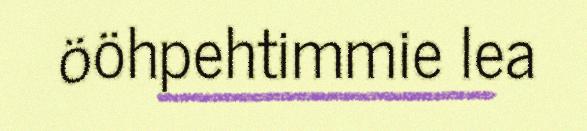
ööhpehtimmie lea